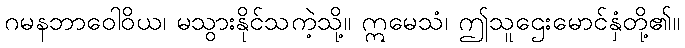
ဂမနဘာဝေါဝိယ၊ မသွားနိုင်သကဲ့သို့။ ဣမေသံ၊ ဤသူဌေးမောင်နှံတို့၏။